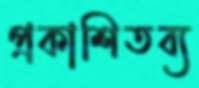
প্রকাশিতব্য